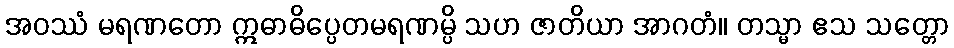
အဝဿံ မရဏတော ဣဓာဓိပ္ပေတမရဏမ္ပိ သဟ ဇာတိယာ အာဂတံ။ တသ္မာ ဧသ သတ္တော